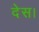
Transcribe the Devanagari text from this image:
देस।